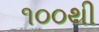
૧૦૦થી